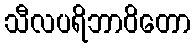
သီလပရိဘာဝိတော